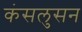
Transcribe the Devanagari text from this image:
कंसलुसन